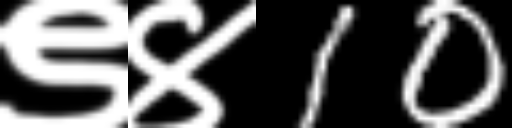
Text: ९४10